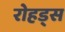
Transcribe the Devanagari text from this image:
रोहड्स